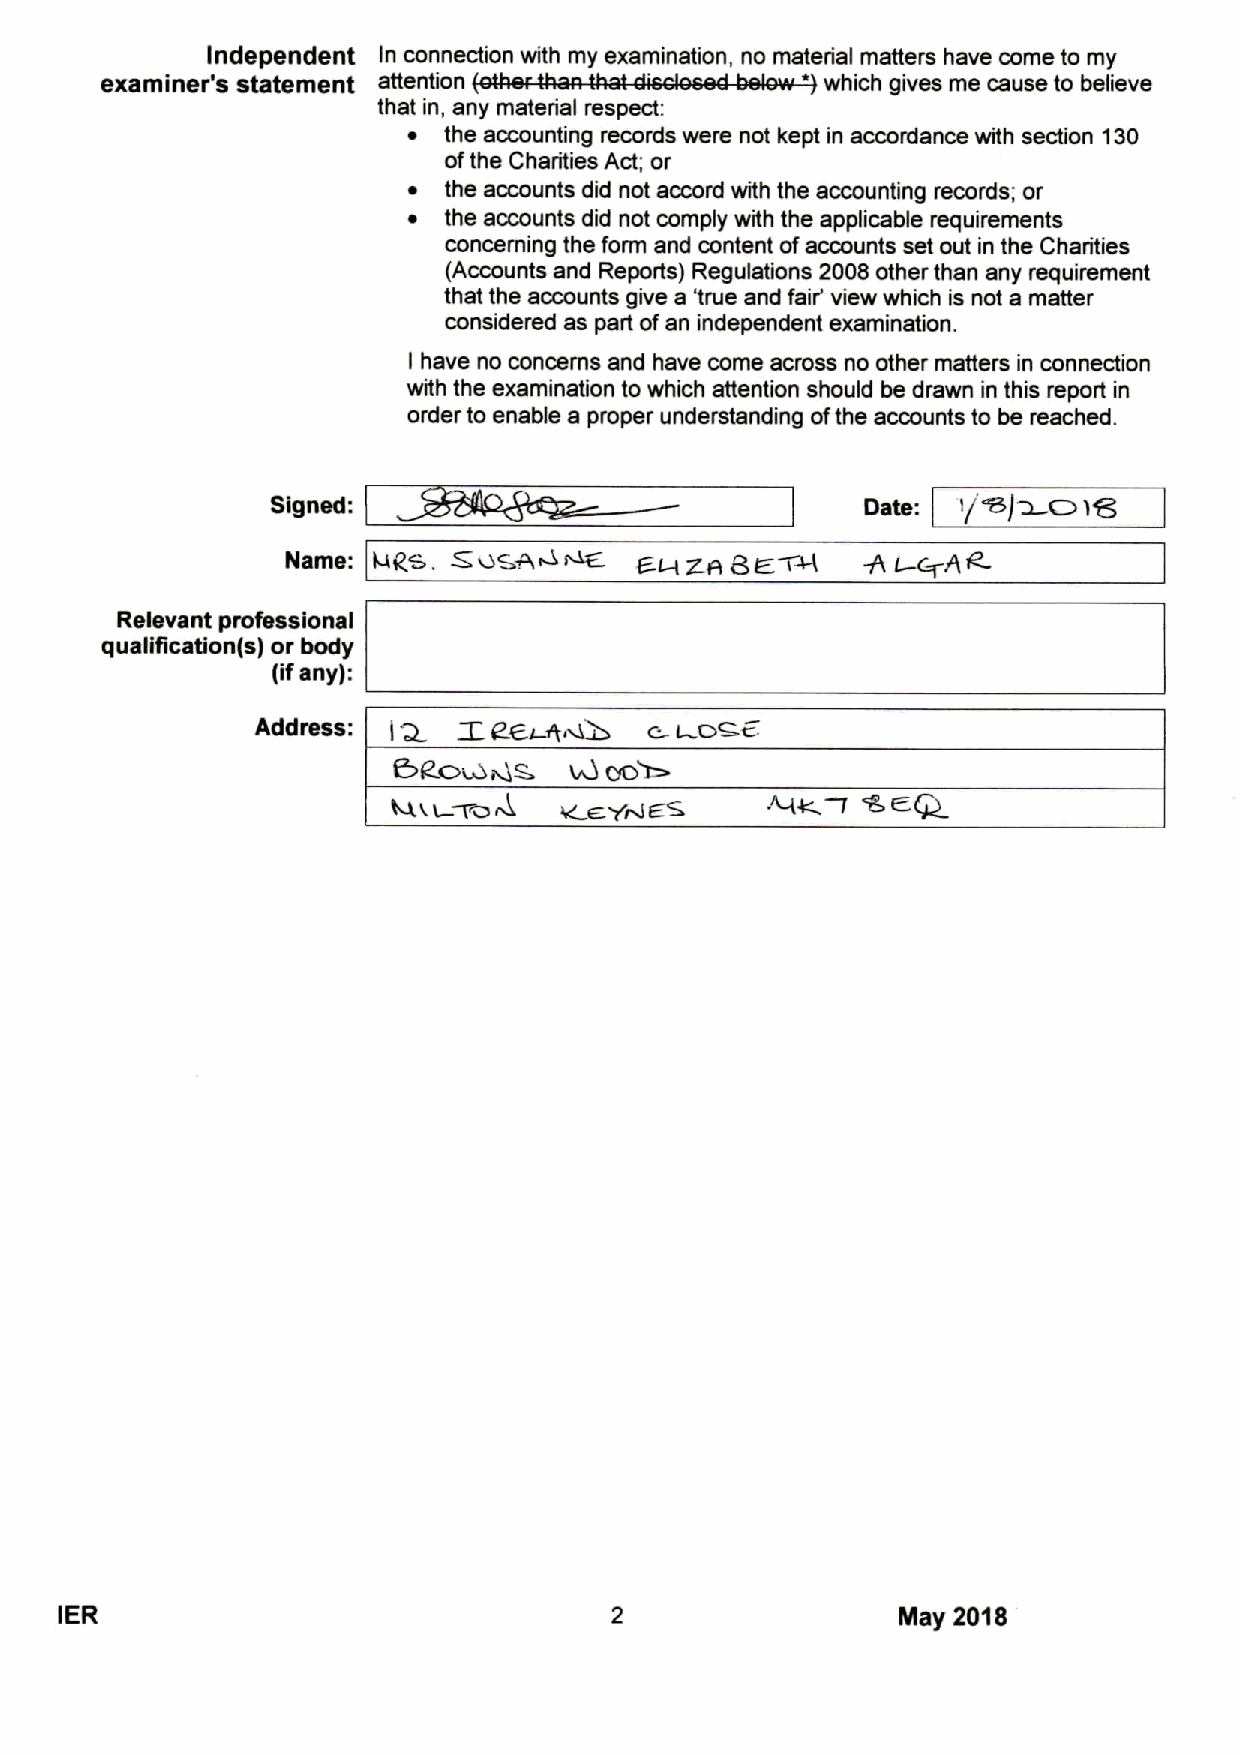
Independent In connection with my examination, no material matters have come to my
 '         *
 examiner's statement attention                  which gives me cause to believe
 that in, any material respect:
 ~ the accounting records were not kept in accordance with section 130
 ofthe Charities Act; or
 ~ the accounts did not accord with the accounting records; or
 ~ the accounts did not comply with the applicable requirements
 concerning the form and content ofaccounts set out in the Charities
 (Accounts and Reports) Regulations 2008 other than any requirement
 that the accounts give a 'true and fair' view which is not a matter
 considered as part ofan independent examination.
 I have no concerns and have come across no other matters in connection
 with the examination to which attention should be drawn in this report in
 order to enable a proper understanding ofthe accounts to be reached.
 Signed:                                Date:  I/WJ~cO IE5
 Kua+4~      g~g~gE~        +I
 Name: HRe.                                ~hR
 Relevant professional
 qualification(s) or body
 (ifany):
 Address: IQ  ZP6~W        c  Dsc.
 I
 6 Aow&s.    M co~
 my'~                ac@
 tk.
 7
 IER                                                    May 2018